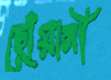
ছোঁয়ানী